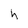
Character: h